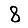
Digit: 8